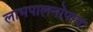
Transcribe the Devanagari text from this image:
लाभपालनोपायः